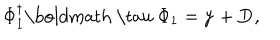
\Phi _ { 1 } ^ { \dagger } \mathrm { \boldmath ~ \ t a u ~ } \Phi _ { 1 } = { \bf y } + { \bf D } ,